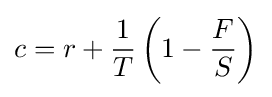
c=r+{\frac {1}{T}}\left(1-{\frac {F}{S}}\right)